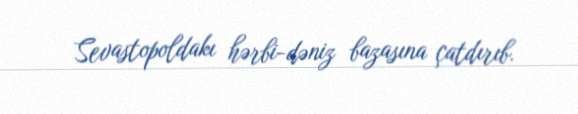
Sevastopoldakı hərbi-dəniz bazasına çatdırıb.